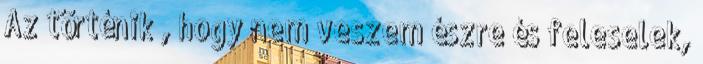
Az történik , hogy nem veszem észre és feleselek,